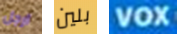
ارجل بلين VOX